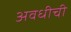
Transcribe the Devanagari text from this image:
अवधीची